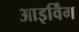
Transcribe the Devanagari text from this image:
आइर्विंग